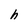
Character: h